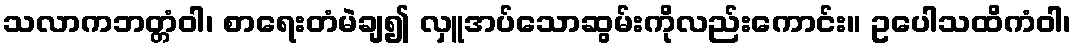
သလာကဘတ္တံဝါ၊ စာရေးတံမဲချ၍ လှူအပ်သောဆွမ်းကိုလည်းကောင်း။ ဥပေါသထိကံဝါ၊